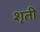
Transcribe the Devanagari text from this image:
शृती